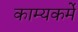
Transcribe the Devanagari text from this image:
काम्यकर्मे